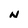
Character: N